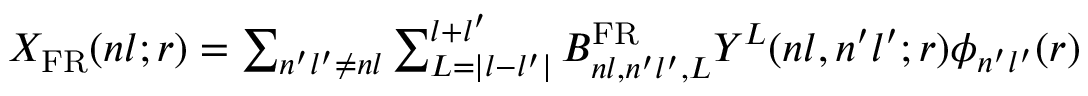
\begin{array} { r } { X _ { \mathrm { F R } } ( n l ; r ) = \sum _ { n ^ { \prime } l ^ { \prime } \neq n l } \sum _ { L = | l - l ^ { \prime } | } ^ { l + l ^ { \prime } } B _ { n l , n ^ { \prime } l ^ { \prime } , L } ^ { \mathrm { F R } } Y ^ { L } ( n l , n ^ { \prime } l ^ { \prime } ; r ) \phi _ { n ^ { \prime } l ^ { \prime } } ( r ) } \end{array}